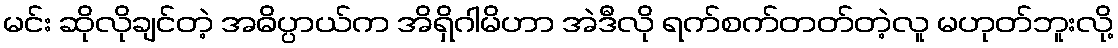
မင်း ဆိုလိုချင်တဲ့ အဓိပ္ပာယ်က အိရှိဂါမိဟာ အဲဒီလို ရက်စက်တတ်တဲ့လူ မဟုတ်ဘူးလို့